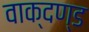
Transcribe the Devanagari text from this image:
वाक्दण्ड